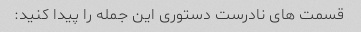
قسمت های نادرست دستوری این جمله را پیدا کنید: